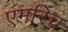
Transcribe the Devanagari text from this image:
एमरिच